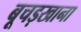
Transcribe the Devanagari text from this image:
बूचड़खाना